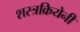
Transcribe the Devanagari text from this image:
शस्त्रक्रियेनी